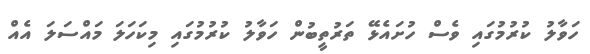
ހަވާލު ކުުރުމުގައި ވެސް ހުށައެޅޭ ތަރުތީބުން ހަވާލު ކުރުމުގައި މިކަހަލަ މައްސަލަ އެއް